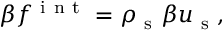
\beta f ^ { \mathrm { ~ i ~ n ~ t ~ } } = \rho _ { \mathrm { ~ s ~ } } \beta u _ { \mathrm { ~ s ~ } } ,